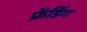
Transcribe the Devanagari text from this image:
फ्रेंडिंग